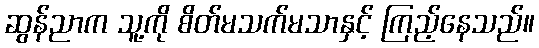
ဆွန်ညာက သူ့ကို စိတ်မသက်မသာနှင့် ကြည့်နေသည်။